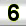
Digit: 6